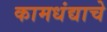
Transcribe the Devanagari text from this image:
कामधंद्याचे